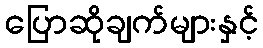
ပြောဆိုချက်များနှင့်